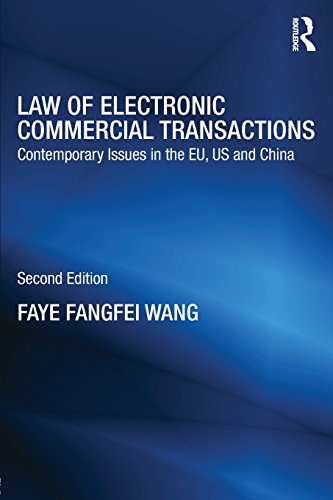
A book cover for Law of Electronic Commercial Transactions: Contemporary Issues in the EU, US and China (Routledge Research in IT and E-Commerce Law); Faye Fangfei Wang; Law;